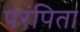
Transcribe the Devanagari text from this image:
परंपिता